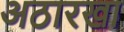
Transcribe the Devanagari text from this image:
अठारखा